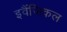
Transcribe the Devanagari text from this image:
इवैंजिकल